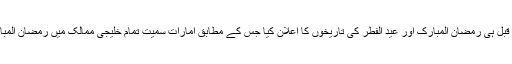
خیال رہے کہ متحدہ عرب امارات کی حکومت نے 2 ماہ قبل ہی رمضان المبارک اور عید الفطر کی تاریخوں کا اعلان کیا جس کے مطابق امارات سمیت تمام خلیجی ممالک میں رمضان المبارک کا آغاز 24 اپریل جبکہ عید الفطر 24 مئی کو ہوگی۔